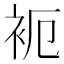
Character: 𬡉